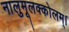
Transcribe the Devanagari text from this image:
नालुमूलक्कोलम्।